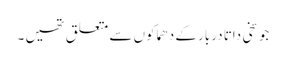
جو سخی داتا دربار کے دھماکوں سے متعلق تھیں ۔